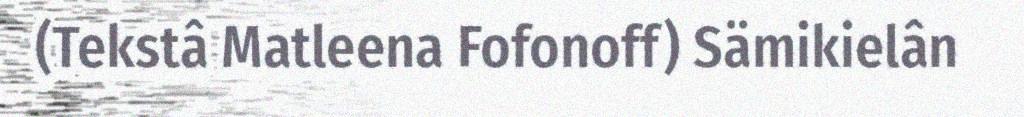
(Tekstâ Matleena Fofonoff) Sämikielân